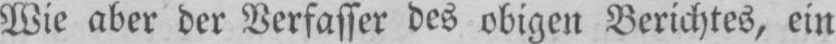
Wie aber der Verfasser des obigen Berichtes, ein